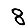
Digit: 8